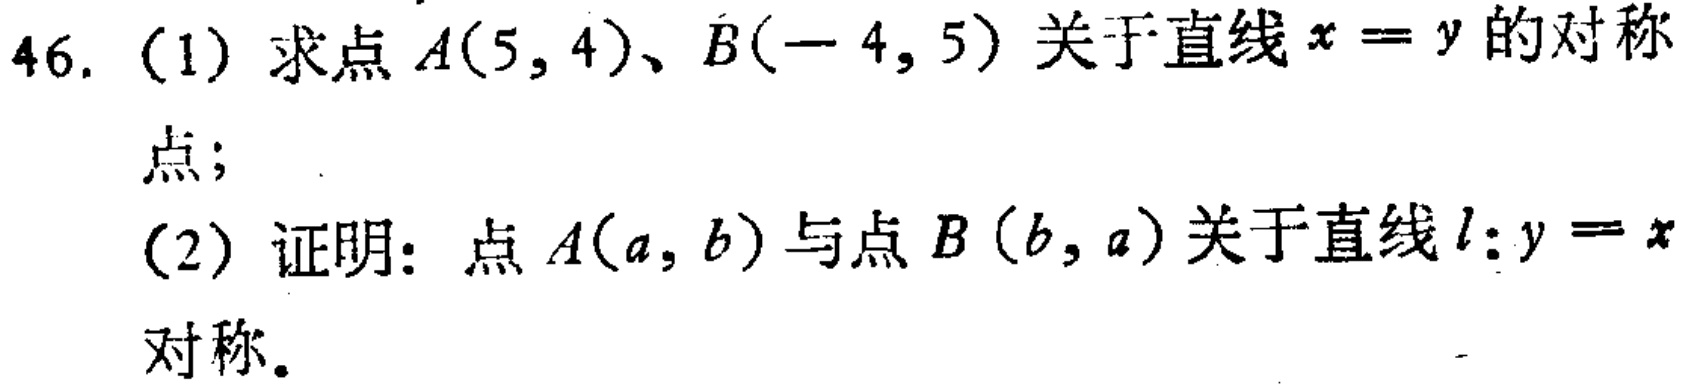
46. (1) 求点 \(A(5,4)\)、\(B(-4,5)\) 关于直线 \(x = y\) 的对称

点；

(2) 证明：点 \(A(a,b)\) 与点 \(B(b,a)\) 关于直线 \(l:y = x\)

对称。